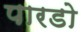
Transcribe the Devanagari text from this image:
पारडो